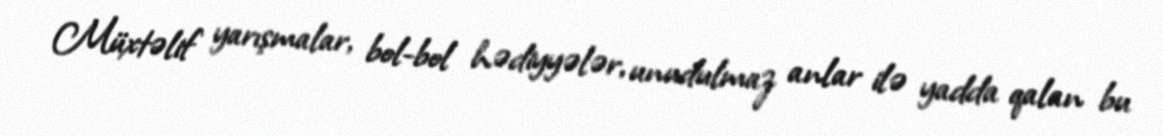
Müxtəlif yarışmalar, bol-bol hədiyyələr, unudulmaz anlar ilə yadda qalan bu